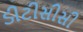
ડીટીસીસી